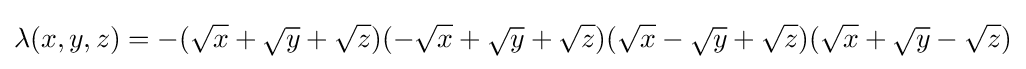
\lambda (x,y,z)=-({\sqrt {x}}+{\sqrt {y}}+{\sqrt {z}})(-{\sqrt {x}}+{\sqrt {y}}+{\sqrt {z}})({\sqrt {x}}-{\sqrt {y}}+{\sqrt {z}})({\sqrt {x}}+{\sqrt {y}}-{\sqrt {z}})